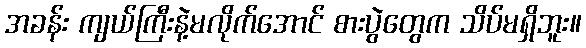
အခန်း ကျယ်ကြီးနဲ့မလိုက်အောင် စားပွဲတွေက သိပ်မရှိဘူး။